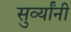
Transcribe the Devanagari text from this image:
सुर्व्यांनी